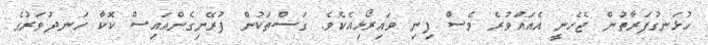
ހުޅަނގުފަރާތުން ޖެހެނީ އެއައްވުރެ ވެސް ފިނި ވައިރޯޅިއެކެވެ. ގަސްތަކުން ފުރޭނިގެންއައިސް ކޮކާ ހަނދުވަރުގެ